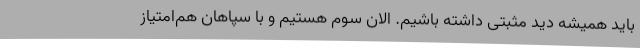
باید همیشه دید مثبتی داشته باشیم. الان سوم هستیم و با سپاهان هم‌امتیاز